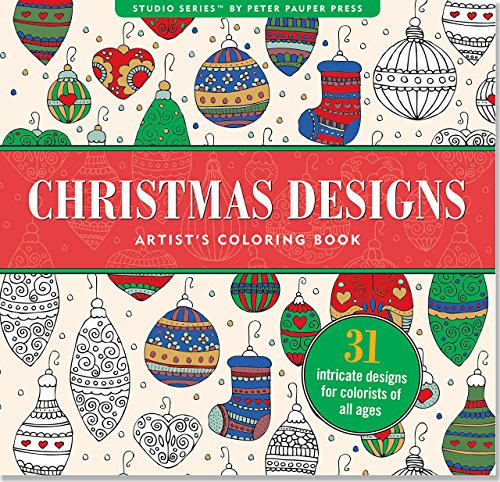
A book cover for Christmas Designs Adult Coloring Book (31 stress-relieving designs) (Studio); Peter Pauper Press; Humor & Entertainment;